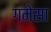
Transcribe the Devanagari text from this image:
गमेसा